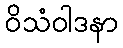
ဝိသံဝါဒနာ